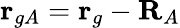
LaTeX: \mathbf{r}_{gA}=\mathbf{r}_{g}-\mathbf{R}_{A}